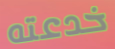
خدعته